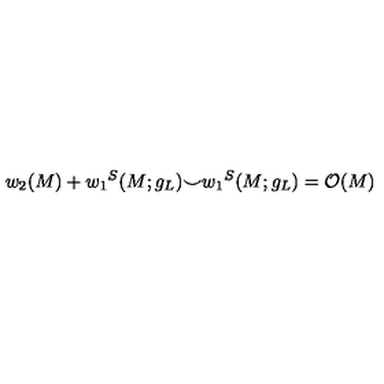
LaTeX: w _ { 2 } ( M ) + { w _ { 1 } } ^ { S } ( M ; g _ { L } ) { \smile } { w _ { 1 } } ^ { S } ( M ; g _ { L } ) = { \cal O } ( M )